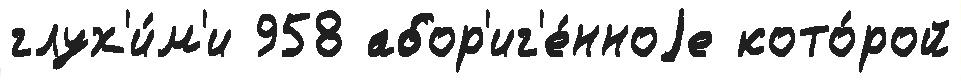
глух'и́м'и 958 абор'иг'е́нноjе кото́рой